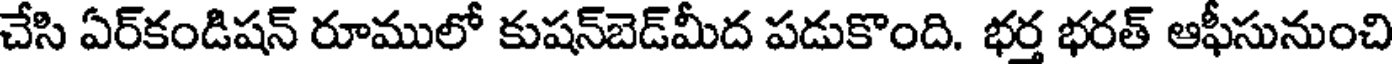
చేసి ఏర్కండిషన్ రూములో కుషన్బెడ్మీద పడుకొంది. భర్త భరత్ ఆఫీసునుంచి